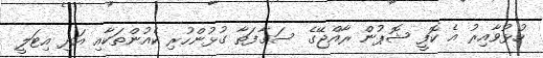
ހުޅުވާއިރު އެ ކޮފީ ޝޮޕުން ރާއްޖޭގެ ސަގާފަތާ ގުޅުންހުރި ކެއުންތަކާއި އަދި އިޓަލީ